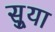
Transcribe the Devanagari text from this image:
सुर्‍या